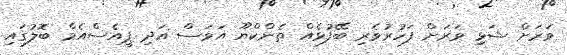
ވަރަށް ޝަޅި ވަރަށް ފަހުރުވެރި ބޭފުޅެއް ތެންކްޔޫ އަވަސް އަދި ޕީއެސްއެމް ބޮލުގައި